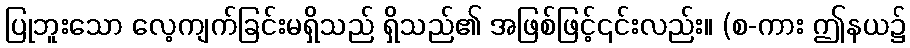
ပြုဘူးသော လေ့ကျက်ခြင်းမရှိသည် ရှိသည်၏ အဖြစ်ဖြင့်၎င်းလည်း။ (စ-ကား ဤနယ၌